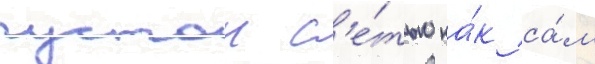
густои с'е́тью ка́к са́м